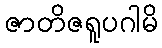
ဇာတိဇရူပဂါမိ